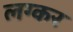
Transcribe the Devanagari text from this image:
लग्कर